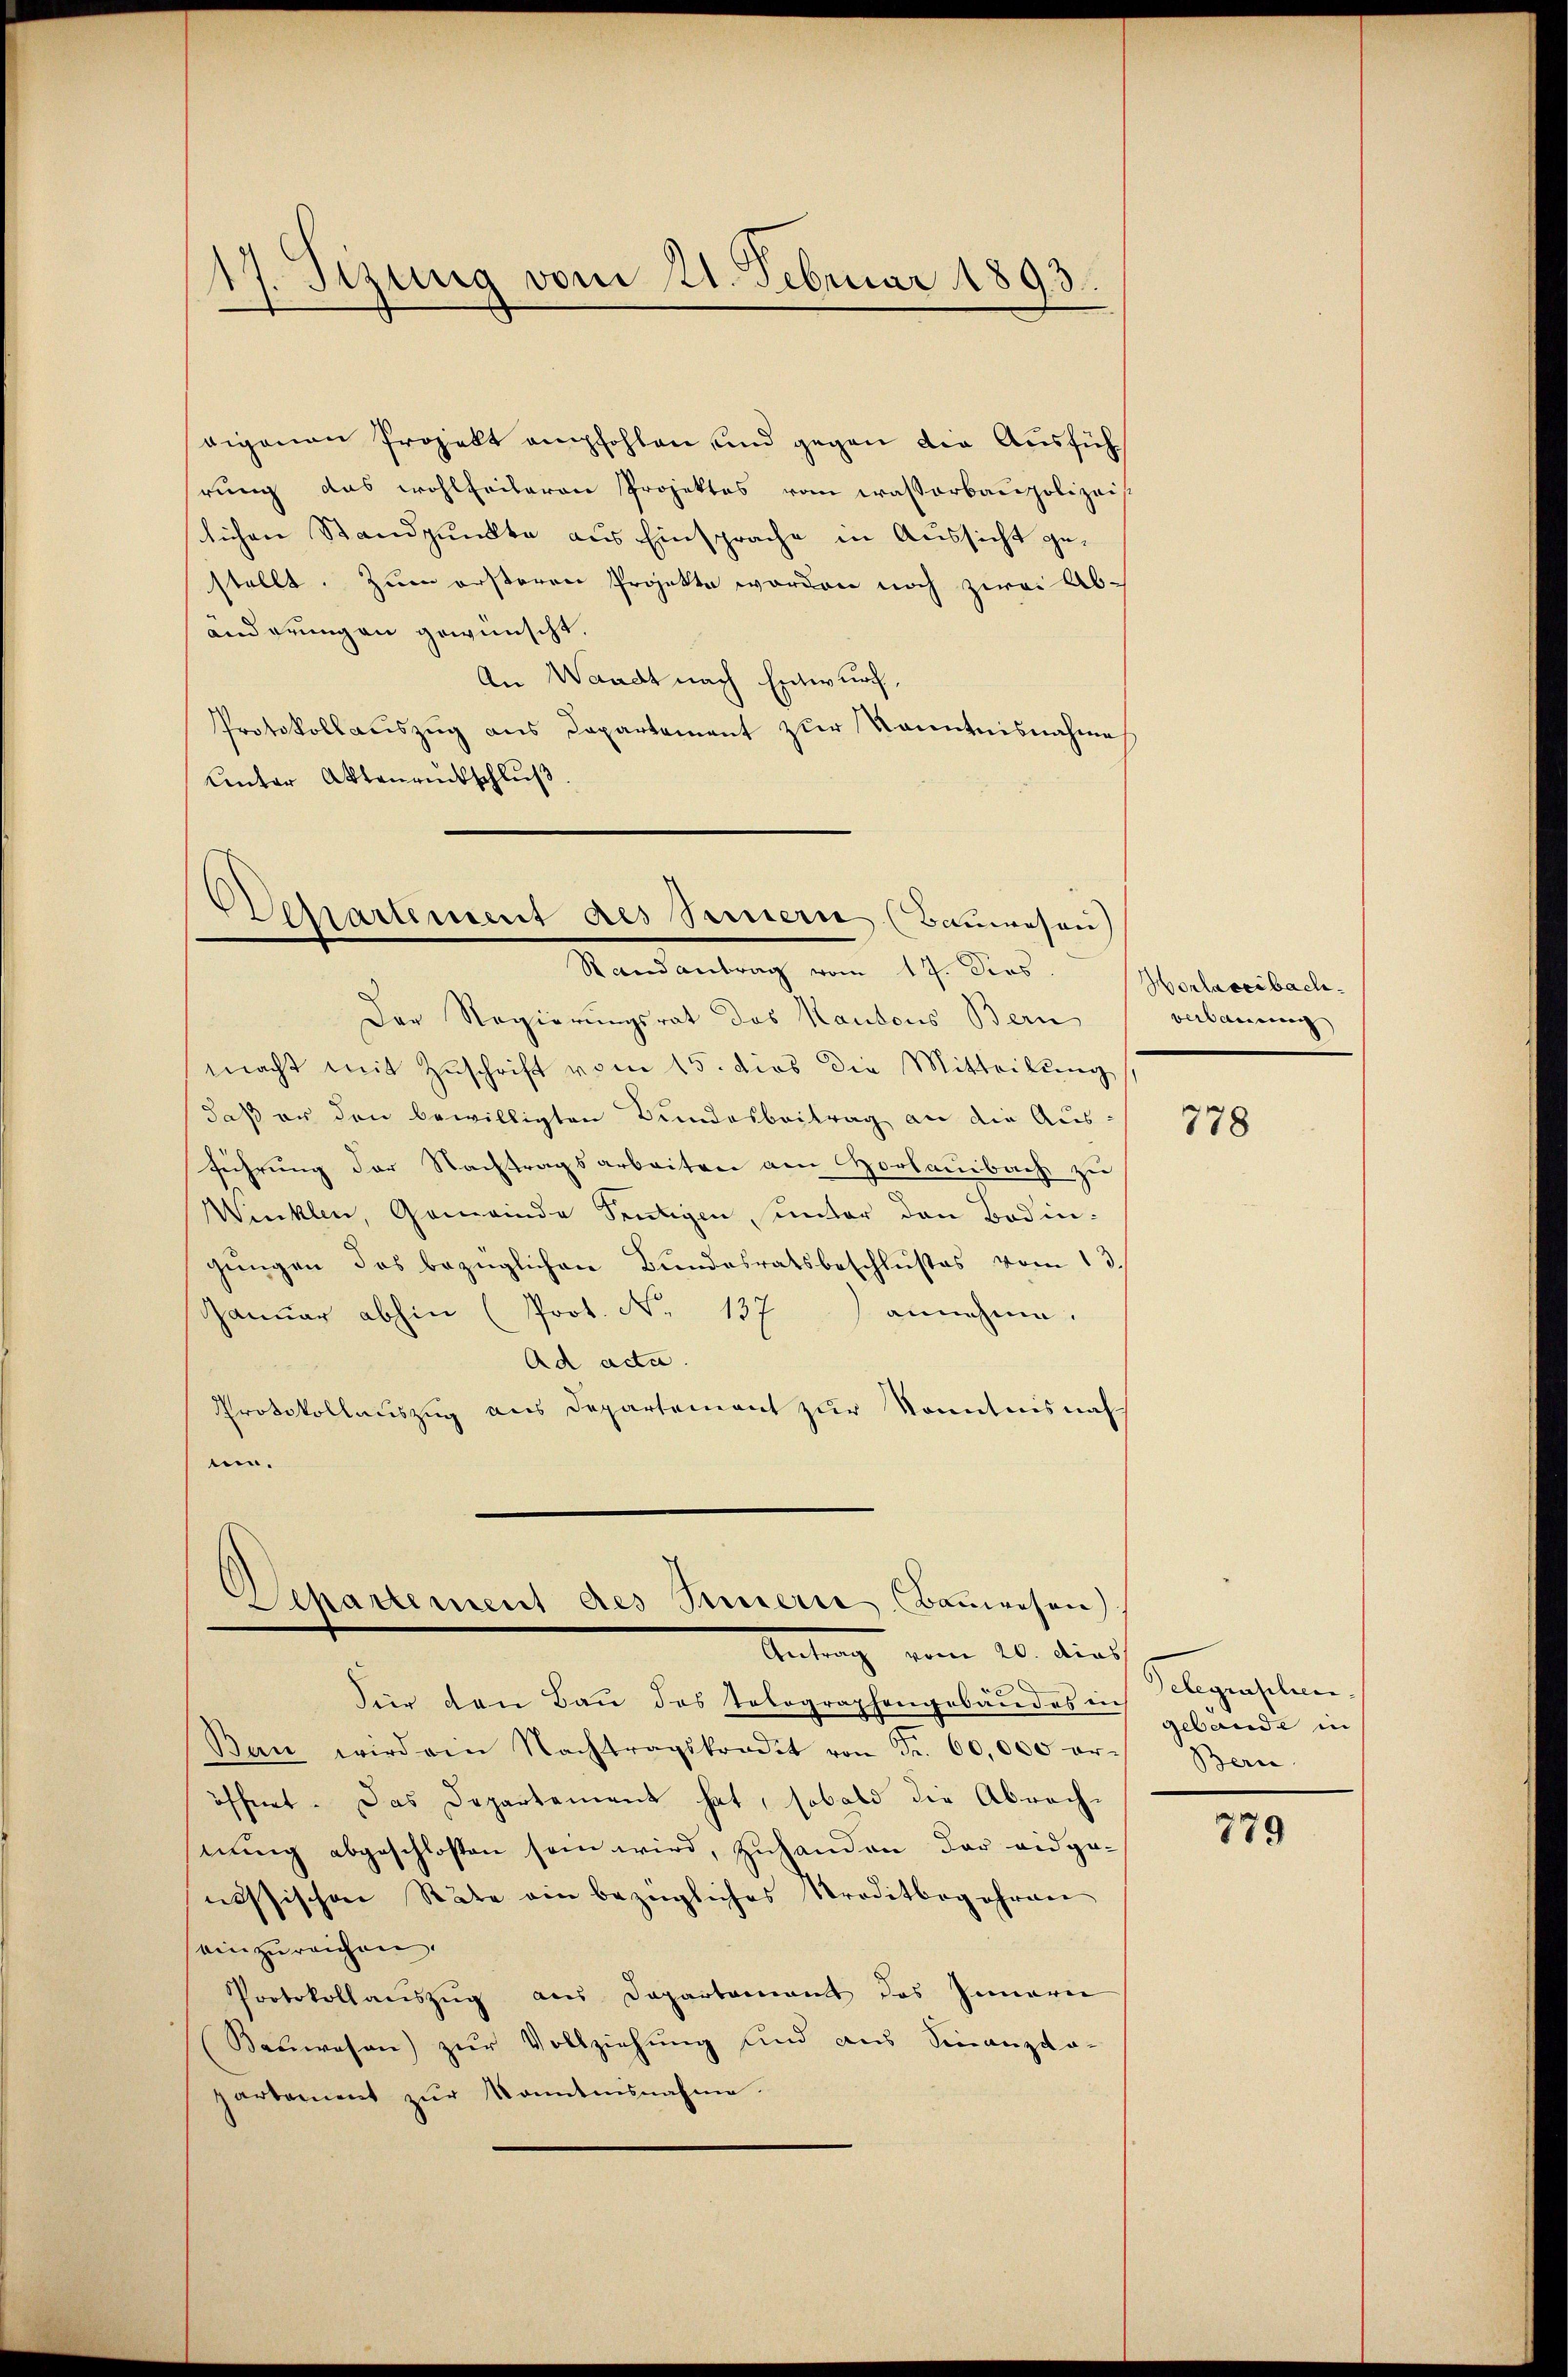
17. Sizung vom 21. Februar 1893.

seigenen Projekt empfohlen, und gegen die Ausführung das wohlfeileren Projektes vom Casserbaupolizeis
lichen Standpunkte aus Einsprache in Aussicht gestellt. Zum ersteren Projekte worden noch zwei Ab-
and grungen gewünscht.
An Waadt nach Entwurf.
Protokollauszug aus Departement zur Kenntnisnahme
Unter Aktenrückschluß.

Departement des Semern (Bauwesen)
Randantrag vom 17. Jos. Morlagerbach-

Der Regierungsrat des Haudons Bern,
macht mit Zuschrift vom 15. dies die Mitteilŭng
daß er den bewilligten Bundesbeitrag an die Ausführung der Nachtragsarbeiten am Horlaubach zu
Wiecklen, Gemeinde Sentigen, unter den Bodingungen das bezüglichen Bundesratsbeschlußes vom 13.
Janŭar abhin (Prot. No 137) annehme.
Ad acta.
Protokollauszug aus Departement zur Kenntnisnah
n.

Wepartement des Innern Baŭwesen.
Antrag vom 20. dies

Für den Bau das Telegraphengebäudes gebäude in
Ban wird ein Nachtragskradet von Fr. 60,000 er- Bern
öffnet. Das Departement hat, sobald die Abrechnung abgeschloßen sein wird, zuhanden der eidgenössischen Rate ein bezügliches Kreditbegehren
einzureichen.
Protokollaŭszŭg an Departamant des Innern
Kauwesen) zur Vollziehung und aus Finanzda-
partement zŭr Kenntnisnahme.

verbauung

778

Gelegrathen.

779